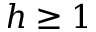
h \geq 1